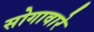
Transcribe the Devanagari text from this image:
सोगावारे